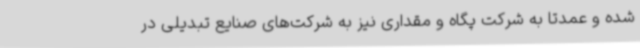
شده و عمدتا به شرکت پگاه و مقداری نیز به شرکت‌های صنایع تبدیلی در